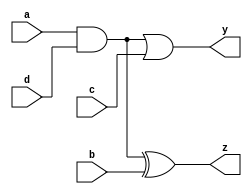
module common_sub (
  output reg y, z,
  input a, b, c, d,
);

always @ (*) begin
  y = (a & d) | c;
  z = (a & d) ^ b;
end
endmodule